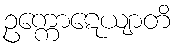
ဥက္ကောဋေယျာတိ